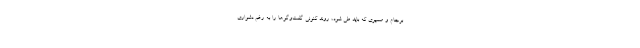
برجام و مسیری که باید طی شود، روند کنونی گفت‌وگوها را به رغم دشواری